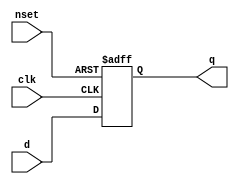
// This program was cloned from: https://github.com/aolofsson/oh
// License: MIT License

//#############################################################################
//# Function:  Positive edge-triggered static D-type flop-flop with async     #
//#            active low preset.                                             #
//# Copyright: OH Project Authors. ALl rights Reserved.                       #
//# License:   MIT (see LICENSE file in OH repository)                        #
//#############################################################################

module asic_dffsq #(parameter PROP = "DEFAULT")   (
    input      d,
    input      clk,
    input      nset,
    output reg q
    );

   always @ (posedge clk or negedge nset)
     if(!nset)
       q <= 1'b1;
     else
       q <= d;

endmodule